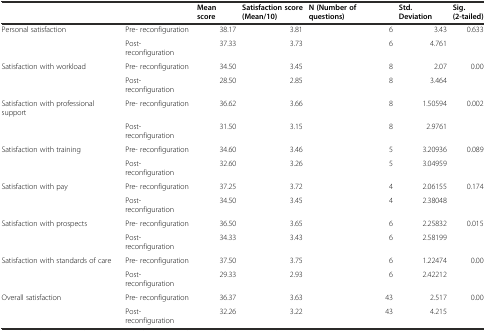
|  |  | Mean score | Satisfaction score (Mean/10) | N (Number of questions) | Std. Deviation | Sig. (2-tailed) |
 | --- | --- | --- | --- | --- | --- | --- |
 | Personal satisfaction | Pre- reconfiguration | 38.17 | 3.81 | 6 | 3.43 | 0.633 |
 |  | Post- reconfiguration | 37.33 | 3.73 | 6 | 4.761 |  |
 | Satisfaction with workload | Pre- reconfiguration | 34.50 | 3.45 | 8 | 2.07 | 0.00 |
 |  | Post- reconfiguration | 28.50 | 2.85 | 8 | 3.464 |  |
 | Satisfaction with professional support | Pre- reconfiguration | 36.62 | 3.66 | 8 | 1.50594 | 0.002 |
 |  | Post- reconfiguration | 31.50 | 3.15 | 8 | 2.9761 |  |
 | Satisfaction with training | Pre- reconfiguration | 34.60 | 3.46 | 5 | 3.20936 | 0.089 |
 |  | Post- reconfiguration | 32.60 | 3.26 | 5 | 3.04959 |  |
 | Satisfaction with pay | Pre- reconfiguration | 37.25 | 3.72 | 4 | 2.06155 | 0.174 |
 |  | Post- reconfiguration | 34.50 | 3.45 | 4 | 2.38048 |  |
 | Satisfaction with prospects | Pre- reconfiguration | 36.50 | 3.65 | 6 | 2.25832 | 0.015 |
 |  | Post- reconfiguration | 34.33 | 3.43 | 6 | 2.58199 |  |
 | Satisfaction with standards of care | Pre- reconfiguration | 37.50 | 3.75 | 6 | 1.22474 | 0.00 |
 |  | Post- reconfiguration | 29.33 | 2.93 | 6 | 2.42212 |  |
 | Overall satisfaction | Pre- reconfiguration | 36.37 | 3.63 | 43 | 2.517 | 0.00 |
 |  | Post- reconfiguration | 32.26 | 3.22 | 43 | 4.215 |  |